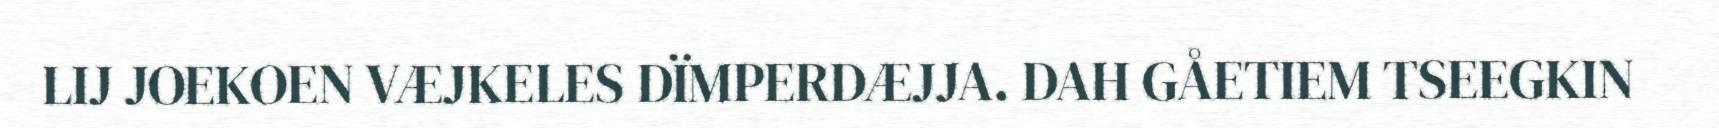
LIJ JOEKOEN VÆJKELES DÏMPERDÆJJA. DAH GÅETIEM TSEEGKIN